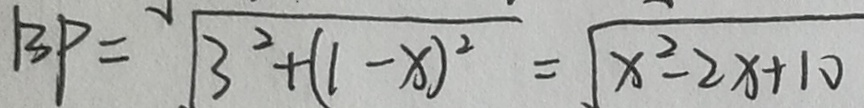
B P = \sqrt { 3 ^ { 2 } + ( 1 - x ) ^ { 2 } } = \sqrt { x ^ { 2 } - 2 x + 1 0 }